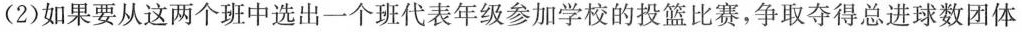
(2)如果要从这两个班中选出一个班代表年级参加学校的投篮比赛，争取夺得总进球数团体